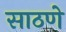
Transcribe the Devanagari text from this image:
साठणे